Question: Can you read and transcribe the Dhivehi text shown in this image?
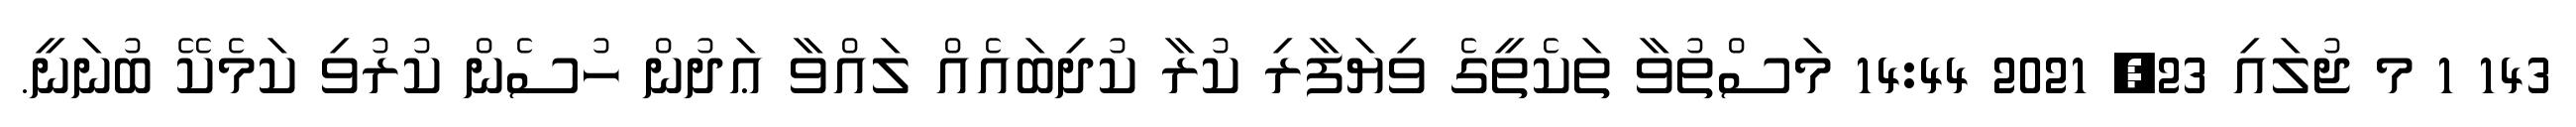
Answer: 143 1 މ ޖުލައި 23, 2021 14:44 މަސްތުވާ ތަކެތީގެ ވިޔަފާރި ކުރާ ކުދިބައެއް ލައްވާ ޢަދުން ހުސެން ކުރުވި ކަމެކޭ ބުނަނީ.